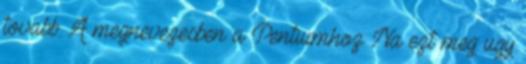
tovabb. A megnevezesben a Pentiumhoz Na ezt meg ugy